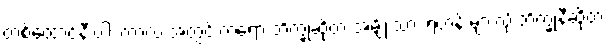
တစ်ထောင်နီးပါး ကာလ အတွင်းကရော ဘိက္ခုဆိုတဲ့ အမျိုးသား ရဟန်းများလို ဘိက္ခုနီဆိုတဲ့